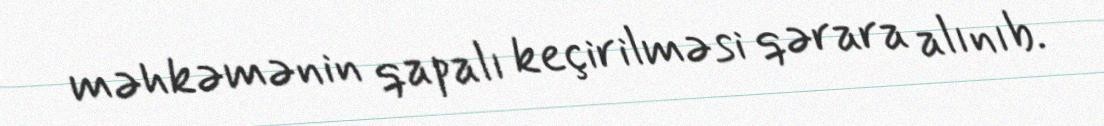
məhkəmənin qapalı keçirilməsi qərara alınıb.